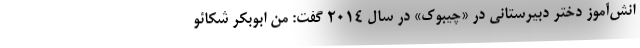
انش‌آموز دختر دبیرستانی در «چیبوک» در سال ۲۰۱۴ گفت: من ابوبکر شکائو